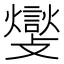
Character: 𮘽